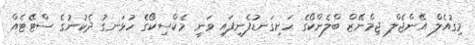
މިގުއެލް އޭންޖެލް ޖިމްނޭޒް ބްލެންކޯގެ ހަށިގަނޑުފެނިފައި ވަނީ މެކްސިކޯގެ ހުޅަނގު ދެކުނުގެ ސްޓޭޓެއް